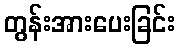
တွန်းအားပေးခြင်း